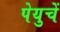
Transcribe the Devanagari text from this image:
पेयुचें